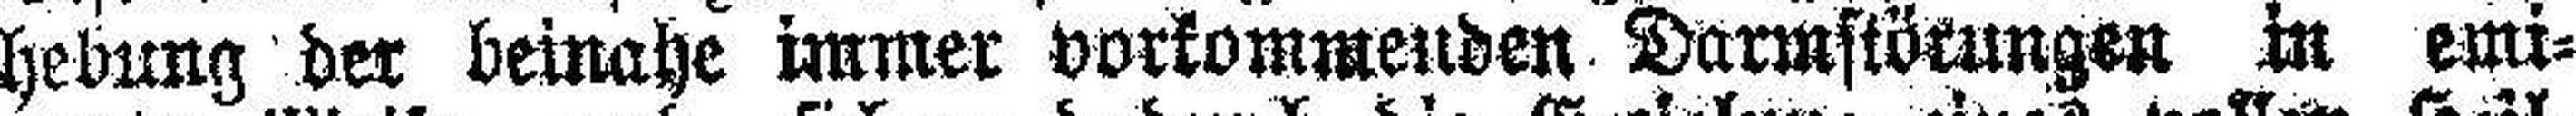
hebung der beinahe immer vorkommenden Darmstörungen in emi¬